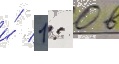
и́ 1: 0 в